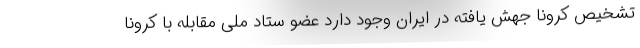
تشخیص کرونا جهش یافته در ایران وجود دارد عضو ستاد ملی مقابله با کرونا